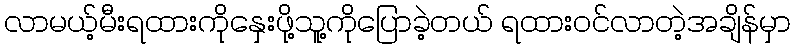
လာမယ့်မီးရထားကိုနှေးဖို့သူ့ကိုပြောခဲ့တယ် ရထားဝင်လာတဲ့အချိန်မှာ